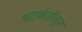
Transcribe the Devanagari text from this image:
भटकंतीतून